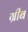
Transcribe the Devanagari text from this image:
ग्रीब